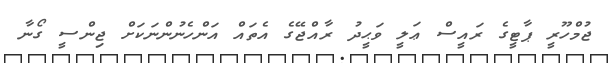
ޖުމްހޫރީ ޕާޓީގެ ރައީސް ޢަލީ ވަޙީދު ރާއްޖޭގެ އެތައް އަންހެނުންނަކަށް ޖިންސީ ގޯނާ